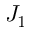
J _ { 1 }